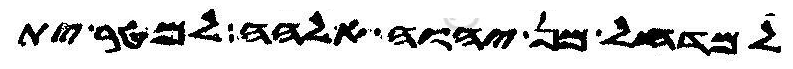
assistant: למדחל מן יהוה אלהה למטר ית